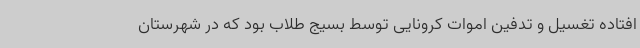
افتاده تغسیل و تدفین اموات کرونایی توسط بسیج طلاب بود که در شهرستان